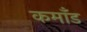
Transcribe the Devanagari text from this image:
कमाँड